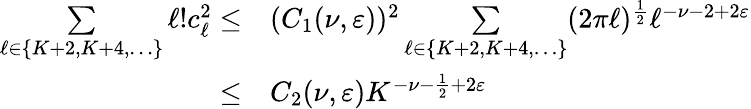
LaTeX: \begin{array}{rl}{\underset{\ell\in\{ K+2,K+4,\ldots\} }{\sum}\ell!c_{\ell}^{2}\leq}&{(C_{1}(\nu,\varepsilon))^{2}\underset{\ell\in\{ K+2,K+4,\ldots\} }{\sum}(2\pi\ell)^{\frac{1}{2}}\ell^{-\nu-2+2\varepsilon}}\\ {\leq}&{C_{2}(\nu,\varepsilon)K^{-\nu-\frac{1}{2}+2\varepsilon}}\end{array}